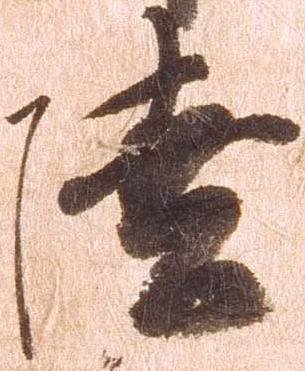
陸